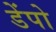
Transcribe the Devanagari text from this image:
डेंपो